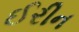
ઈરીન